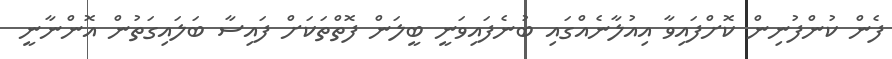
ފެން ކުންފުނިން ކޮށްފައިވާ އިއުލާނެއްގައި ބުނެފައިވަނީ ބީލަން ފޮތްތަކަށް ފައިސާ ބަލައިގަތުން އޮންނާނީ